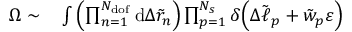
\begin{array} { r l } { \Omega \sim } & { { } \int { \left( \prod _ { n = 1 } ^ { N _ { \mathrm { d o f } } } { \mathrm { d } \Delta \tilde { r } _ { n } } \right) \prod _ { p = 1 } ^ { N _ { s } } { \delta \Big ( \Delta \tilde { \ell } _ { p } + \tilde { w } _ { p } \varepsilon \Big ) } } } \end{array}